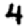
Digit: 4